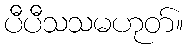
ပီပီသသမဟုတ်။